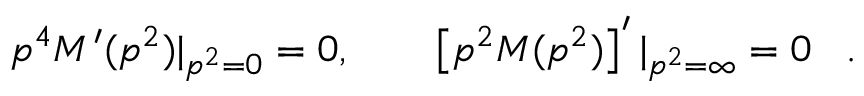
p ^ { 4 } M ^ { \prime } ( p ^ { 2 } ) | _ { p ^ { 2 } = 0 } = 0 , \qquad \left[ p ^ { 2 } M ( p ^ { 2 } ) \right] ^ { \prime } | _ { p ^ { 2 } = \infty } = 0 \; \; \; .